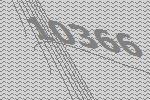
10366